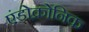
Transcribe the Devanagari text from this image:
एंडोक्रोनिक